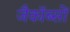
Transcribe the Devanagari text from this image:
जैकॉब्सों